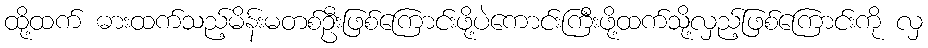
ထို့ထက် ဓားထက်သည့်မိန်းမတစ်ဦးဖြစ်ကြောင်းဖို့ပဲကောင်းကြီးဖို့ထက်သို့လှည့်ဖြစ်ကြောင်းကို လှ